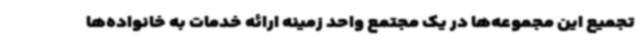
تجمیع این مجموعه‌ها در یک مجتمع واحد زمینه ارائه خدمات به خانواده‌ها